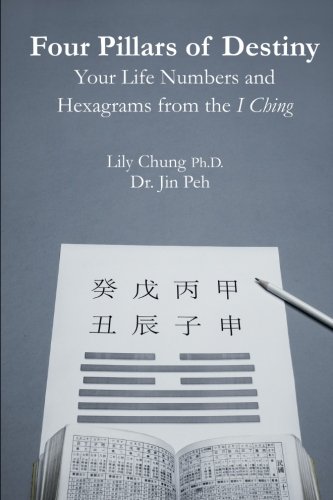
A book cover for Four Pillars of Destiny Your Life Numbers and Hexagrams from the I Ching; Ph.D Lily Chung; Religion & Spirituality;